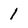
Character: 1